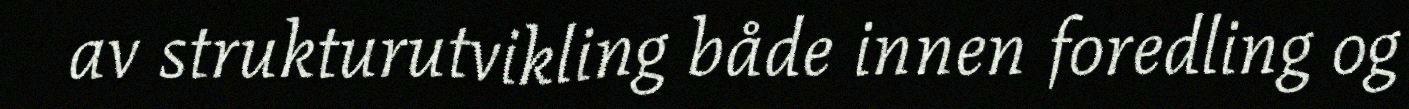
av strukturutvikling både innen foredling og